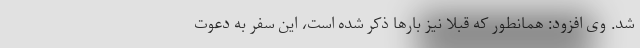
شد. وی افزود: همانطور که قبلا نیز بارها ذکر شده است، این سفر به دعوت